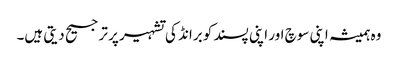
وہ ہمیشہ اپنی سوچ اور اپنی پسند کو برانڈ کی تشہیر پر ترجیح دیتی ہیں۔